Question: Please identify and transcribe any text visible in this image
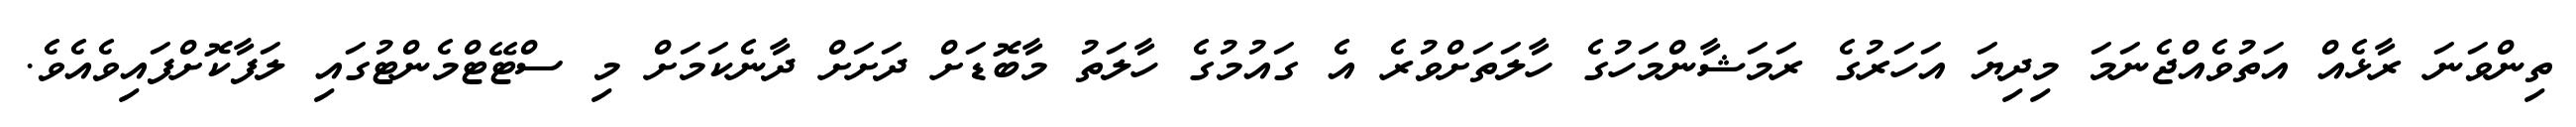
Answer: ތިންވަނަ ރާޅެއް އަތުވެއްޖެނަމަ މިދިޔަ އަހަރުގެ ރަމަޝާންމަހުގެ ހާލަތަށްވުރެ އެ ގައުމުގެ ހާލަތު މާބޮޑަށް ދަށަށް ދާނެކަމަށް މި ސްޓޭޓްމެންޓުގައި ލަފާކޮށްފައިވެއެވެ.